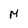
Character: M